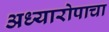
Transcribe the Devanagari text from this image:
अध्यारोपाचा